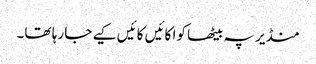
منڈیر پہ بیٹھا کوا کائیں کائیں کیے جا رہا تھا۔